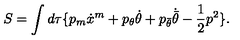
S = \int d \tau \{ p _ { m } \dot { x } ^ { m } + p _ { \theta } \dot { \theta } + p _ { \bar { \theta } } \dot { \bar { \theta } } - \frac 1 2 p ^ { 2 } \} .